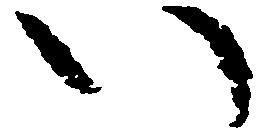
い